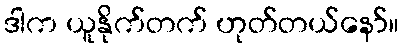
ဒါက ယူနိုက်တက် ဟုတ်တယ်နော်။